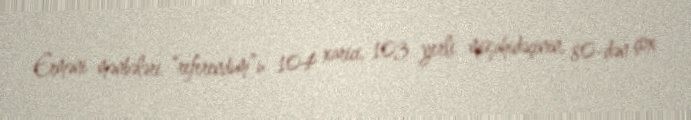
Erməni mənbələri “referendum”u 104 xarici, 103 yerli müşahidəçinin, 80-dən çox